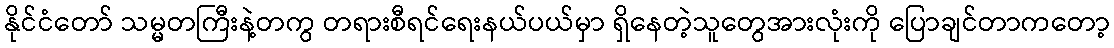
နိုင်ငံတော် သမ္မတကြီးနဲ့တကွ တရားစီရင်ရေးနယ်ပယ်မှာ ရှိနေတဲ့သူတွေအားလုံးကို ပြောချင်တာကတော့